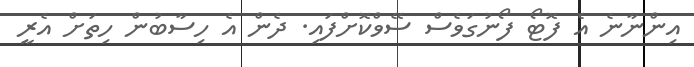
އިންނާނެ އެ ފޮޓޯ ފޯނުގަވެސް ސޭވްކޮށްފައި. ދެން އެ ހިސާބުން ހިތަށް އެރީ